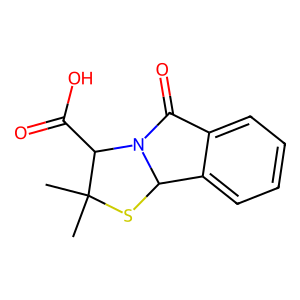
SMILES: CC1(C)SC2c3ccccc3C(=O)N2C1C(=O)O
Inhibits HIV replication: No